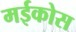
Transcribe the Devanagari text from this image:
मईकोस